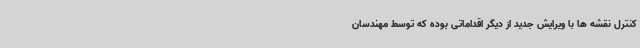
کنترل نقشه ها با ویرایش جدید از دیگر اقداماتی بوده که توسط مهندسان